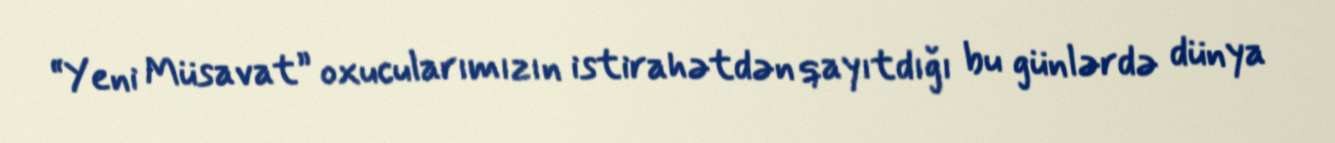
“Yeni Müsavat” oxucularımızın istirahətdən qayıtdığı bu günlərdə dünya